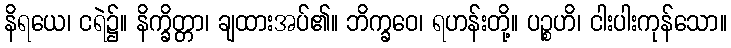
နိရယေ၊ ငရဲ၌။ နိက္ခိတ္တာ၊ ချထားအပ်၏။ ဘိက္ခဝေ၊ ရဟန်းတို့။ ပဉ္စဟိ၊ ငါးပါးကုန်သော။